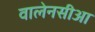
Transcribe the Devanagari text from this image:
वालेनसीआ